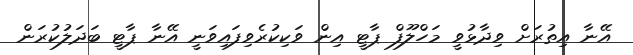
އޭނާ އިތުރަށް ވިދާޅުވީ މަހްލޫފް ޕާޓީ އިން ވަކިކުރެވިފައިވަނީ އޭނާ ޕާޓީ ބަދަލުކުރަން